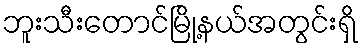
ဘူးသီးတောင်မြို့နယ်အတွင်းရှိ